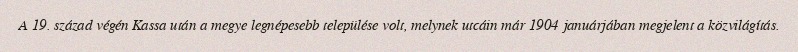
A 19. század végén Kassa után a megye legnépesebb települése volt, melynek utcáin már 1904 januárjában megjelent a közvilágítás.